Annual report of the Punjab Veterinary College and of the Civil Veterinary Department, Punjab - 1926-1932
Year: 1926
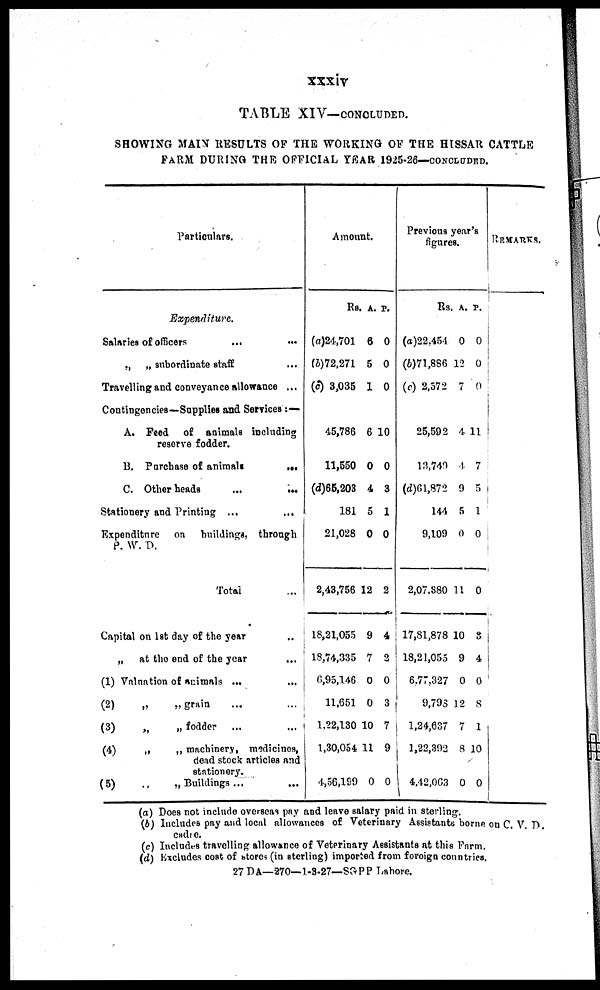
xxxiv
TABLE XIV—CONCLUDED.
SHOWING MAIN RESULTS OF THE WORKING OF THE HISSAR CATTLE
FARM DURING THE OFFICIAL YEAR 1925-26—CONCLUDED.
Particulars.
Expenditure.
Salaries of officers
...
„
„ subordinate staff
...
Travelling and conveyance Allowance ...
Contingencies—Supplies and Services:—
A. Feed of animals including
reserve fodder.
B. Purchase of animals
...
C. Other heads
...
...
Stationery and Printing ... ...
Expenditure
on buildings, through
P. W. D.
Total ...
Capital on 1st day of the year ...
„
at the end of the year ...
(1) Valuation of animals ... ...
(2)
„
„ grain ... ...
(3)
„
„ fodder
... ...
(4)
„
„ machinery, medicines,
dead stock articles and
stationery.
(5)
„
„ Buildings ... ...
Amount.
Rs.
(a)24,701
(5)72.271
(c) 3,035
45,786
11,550
(d)65,203
181
21,028
2,43,756 1
18,21,055
18,74,335
6,95,146
11,651
1,22,130 1
1,30,054 1
4,56,199
A.
6
5
1
6
0
4
5
0
2
9
7
0
0
0
1
0
P.
0
0
0
10
0
3
1
0
2
4
2
0
3
7
9
0
Previous year
figures's.
Rs.
(a)22,454
(6)71,886
(c) 2,572
25,592
13,749
(d)61,872
144
9,109
2,07.880
17,Sl,878 1
18,21,055
6,77,327
9,793
1.24,637
1,22,392
4,42,063
A.
0
12
7
4
4
9
5
0
11
0
9
0
12
7
81
0
P.
0
0
0
11
7
5
1
0
0
8
4
0
8
1
0
0
RemArks.
(a) Does not include overseas pay and leave salary paid in sterling.
(b) Includes pay and local allowances of Veterinary Assistants borne on C. V. D.
cadie.
(c) Includes travelling allowance of Veterinary Assistants at this Farm.
(d) Excludes cost of stores (in sterling) imported from foreign countries.
27 DA—270—1-3-27—SGPP Lahore.